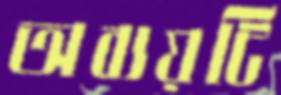
অব্যয়টি